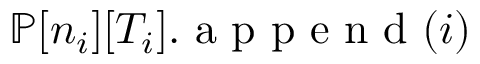
{ \mathbb { P } } [ n _ { i } ] [ T _ { i } ] . \mathrm { ~ a ~ p ~ p ~ e ~ n ~ d ~ } ( i )